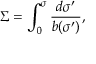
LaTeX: \Sigma = \int _ { 0 } ^ { \sigma } \frac { d \sigma ^ { \prime } } { b ( \sigma ^ { \prime } ) } ,